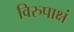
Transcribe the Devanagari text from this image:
विरुपाक्षं